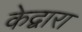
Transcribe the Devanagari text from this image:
केद्वारा